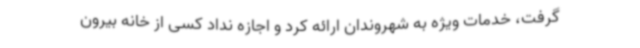
گرفت، خدمات ویژه به شهروندان ارائه کرد و اجازه نداد کسی از خانه بیرون